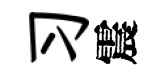
习震